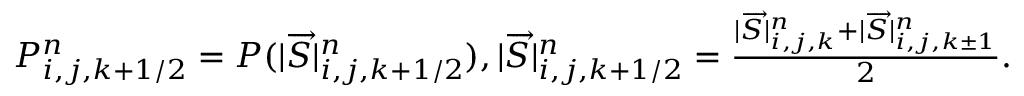
\begin{array} { r } { P _ { i , j , k + 1 / 2 } ^ { n } = P ( | \overrightarrow { S } | _ { i , j , k + 1 / 2 } ^ { n } ) , | \overrightarrow { S } | _ { i , j , k + 1 / 2 } ^ { n } = \frac { | \overrightarrow { S } | _ { i , j , k } ^ { n } + | \overrightarrow { S } | _ { i , j , k \pm 1 } ^ { n } } { 2 } . } \end{array}